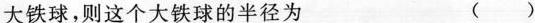
大铁球，则这个大铁球的半径为 （）